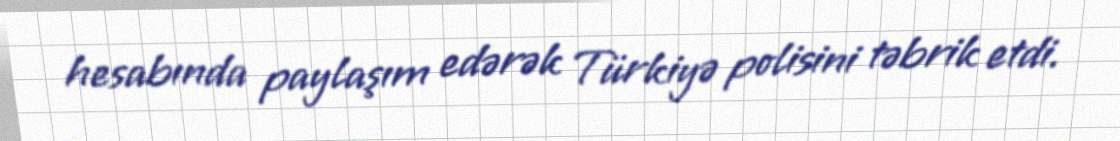
hesabında paylaşım edərək Türkiyə polisini təbrik etdi.